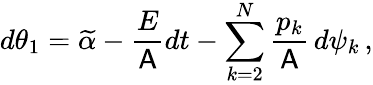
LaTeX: d\theta_{1}=\widetilde{\alpha}-\frac{E}{\mathsf{A}}dt-\sum_{k=2}^{N}\frac{p_{k}}{\mathsf{A}}\, d\psi_{k}\, ,